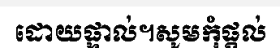
ដោយផ្ទាល់។សូមកុំផ្តល់